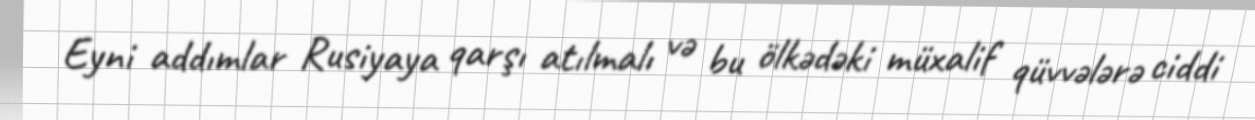
Eyni addımlar Rusiyaya qarşı atılmalı və bu ölkədəki müxalif qüvvələrə ciddi